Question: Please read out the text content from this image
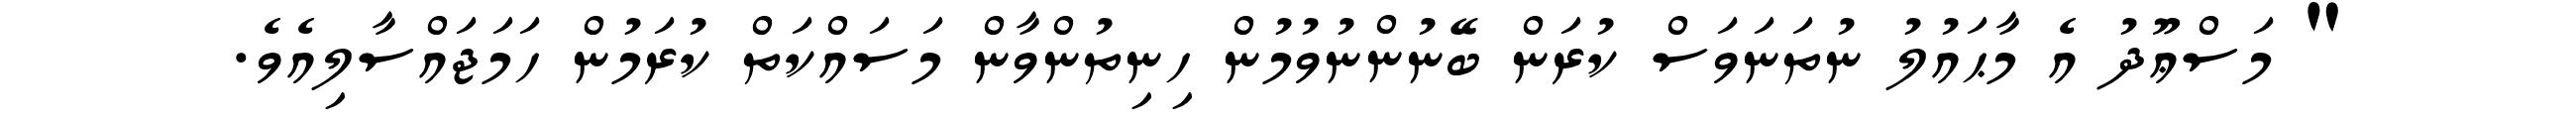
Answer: " މަސްޢޫދު އެ މާޙައުލު ނުތަނަވަސް ކުރަން ބޭނުންނުވުމުން ހިނިތުންވާން މަސައްކަތް ކުރަމުން ހަމަޖައްސާލިއެވެ.